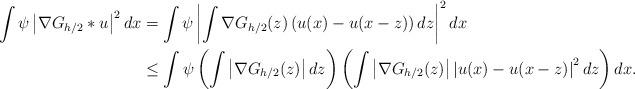
LaTeX: \begin{align*} \int \psi \left| \nabla G_{h/2} \ast u \right|^2 dx &= \int \psi \left| \int \nabla G_{h/2}(z) \left(u(x) - u(x- z) \right)dz\right|^2 dx\\&\leq \int \psi \left( \int \left|\nabla G_{h/2}(z) \right| dz\right)\left( \int \left|\nabla G_{h/2}(z)\right| \left|u(x) - u(x- z) \right|^2 dz\right) dx.\end{align*}